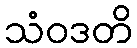
သံဝဒတိ